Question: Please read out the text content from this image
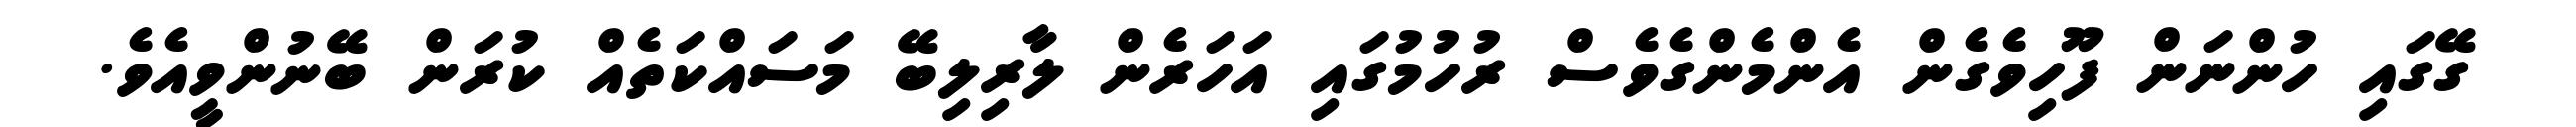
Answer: ގޭގައި ހުންނަން ފޫހިވެގެން އެންމެންގެވެސް ރުހުމުގައި އަހަރެން ލާރިލިބޭ މަސައްކަތެއް ކުރަން ބޭނުންވީއެވެ.